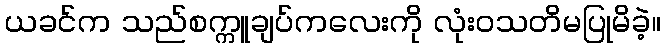
ယခင်က သည်စက္ကူချပ်ကလေးကို လုံးဝသတိမပြုမိခဲ့။